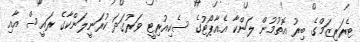
ޓެރަރިޒަމްގެ ބިރު އޮތުމުން ލަންކާ އެއާޕޯޓުގެ ސެކިއުރިޓީ ވަރުގަދަ ކުރަނީލަންކާގެ ރައީސް އާއި